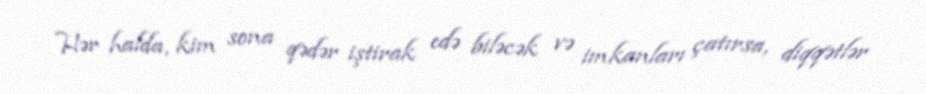
Hər halda, kim sona qədər iştirak edə biləcək və imkanları çatırsa, diqqətlər